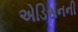
એડિસનની